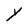
Character: Y